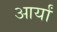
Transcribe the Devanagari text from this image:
आर्यां